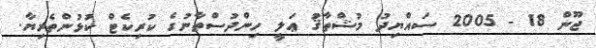
ޖޫން 18 - 2005 ސައްޔިދު މުޝްތާޤު ޢަލީ ހިންދުސްތާނުގެ ކުރިކެޓް ކުޅުންތެރިޔާ.